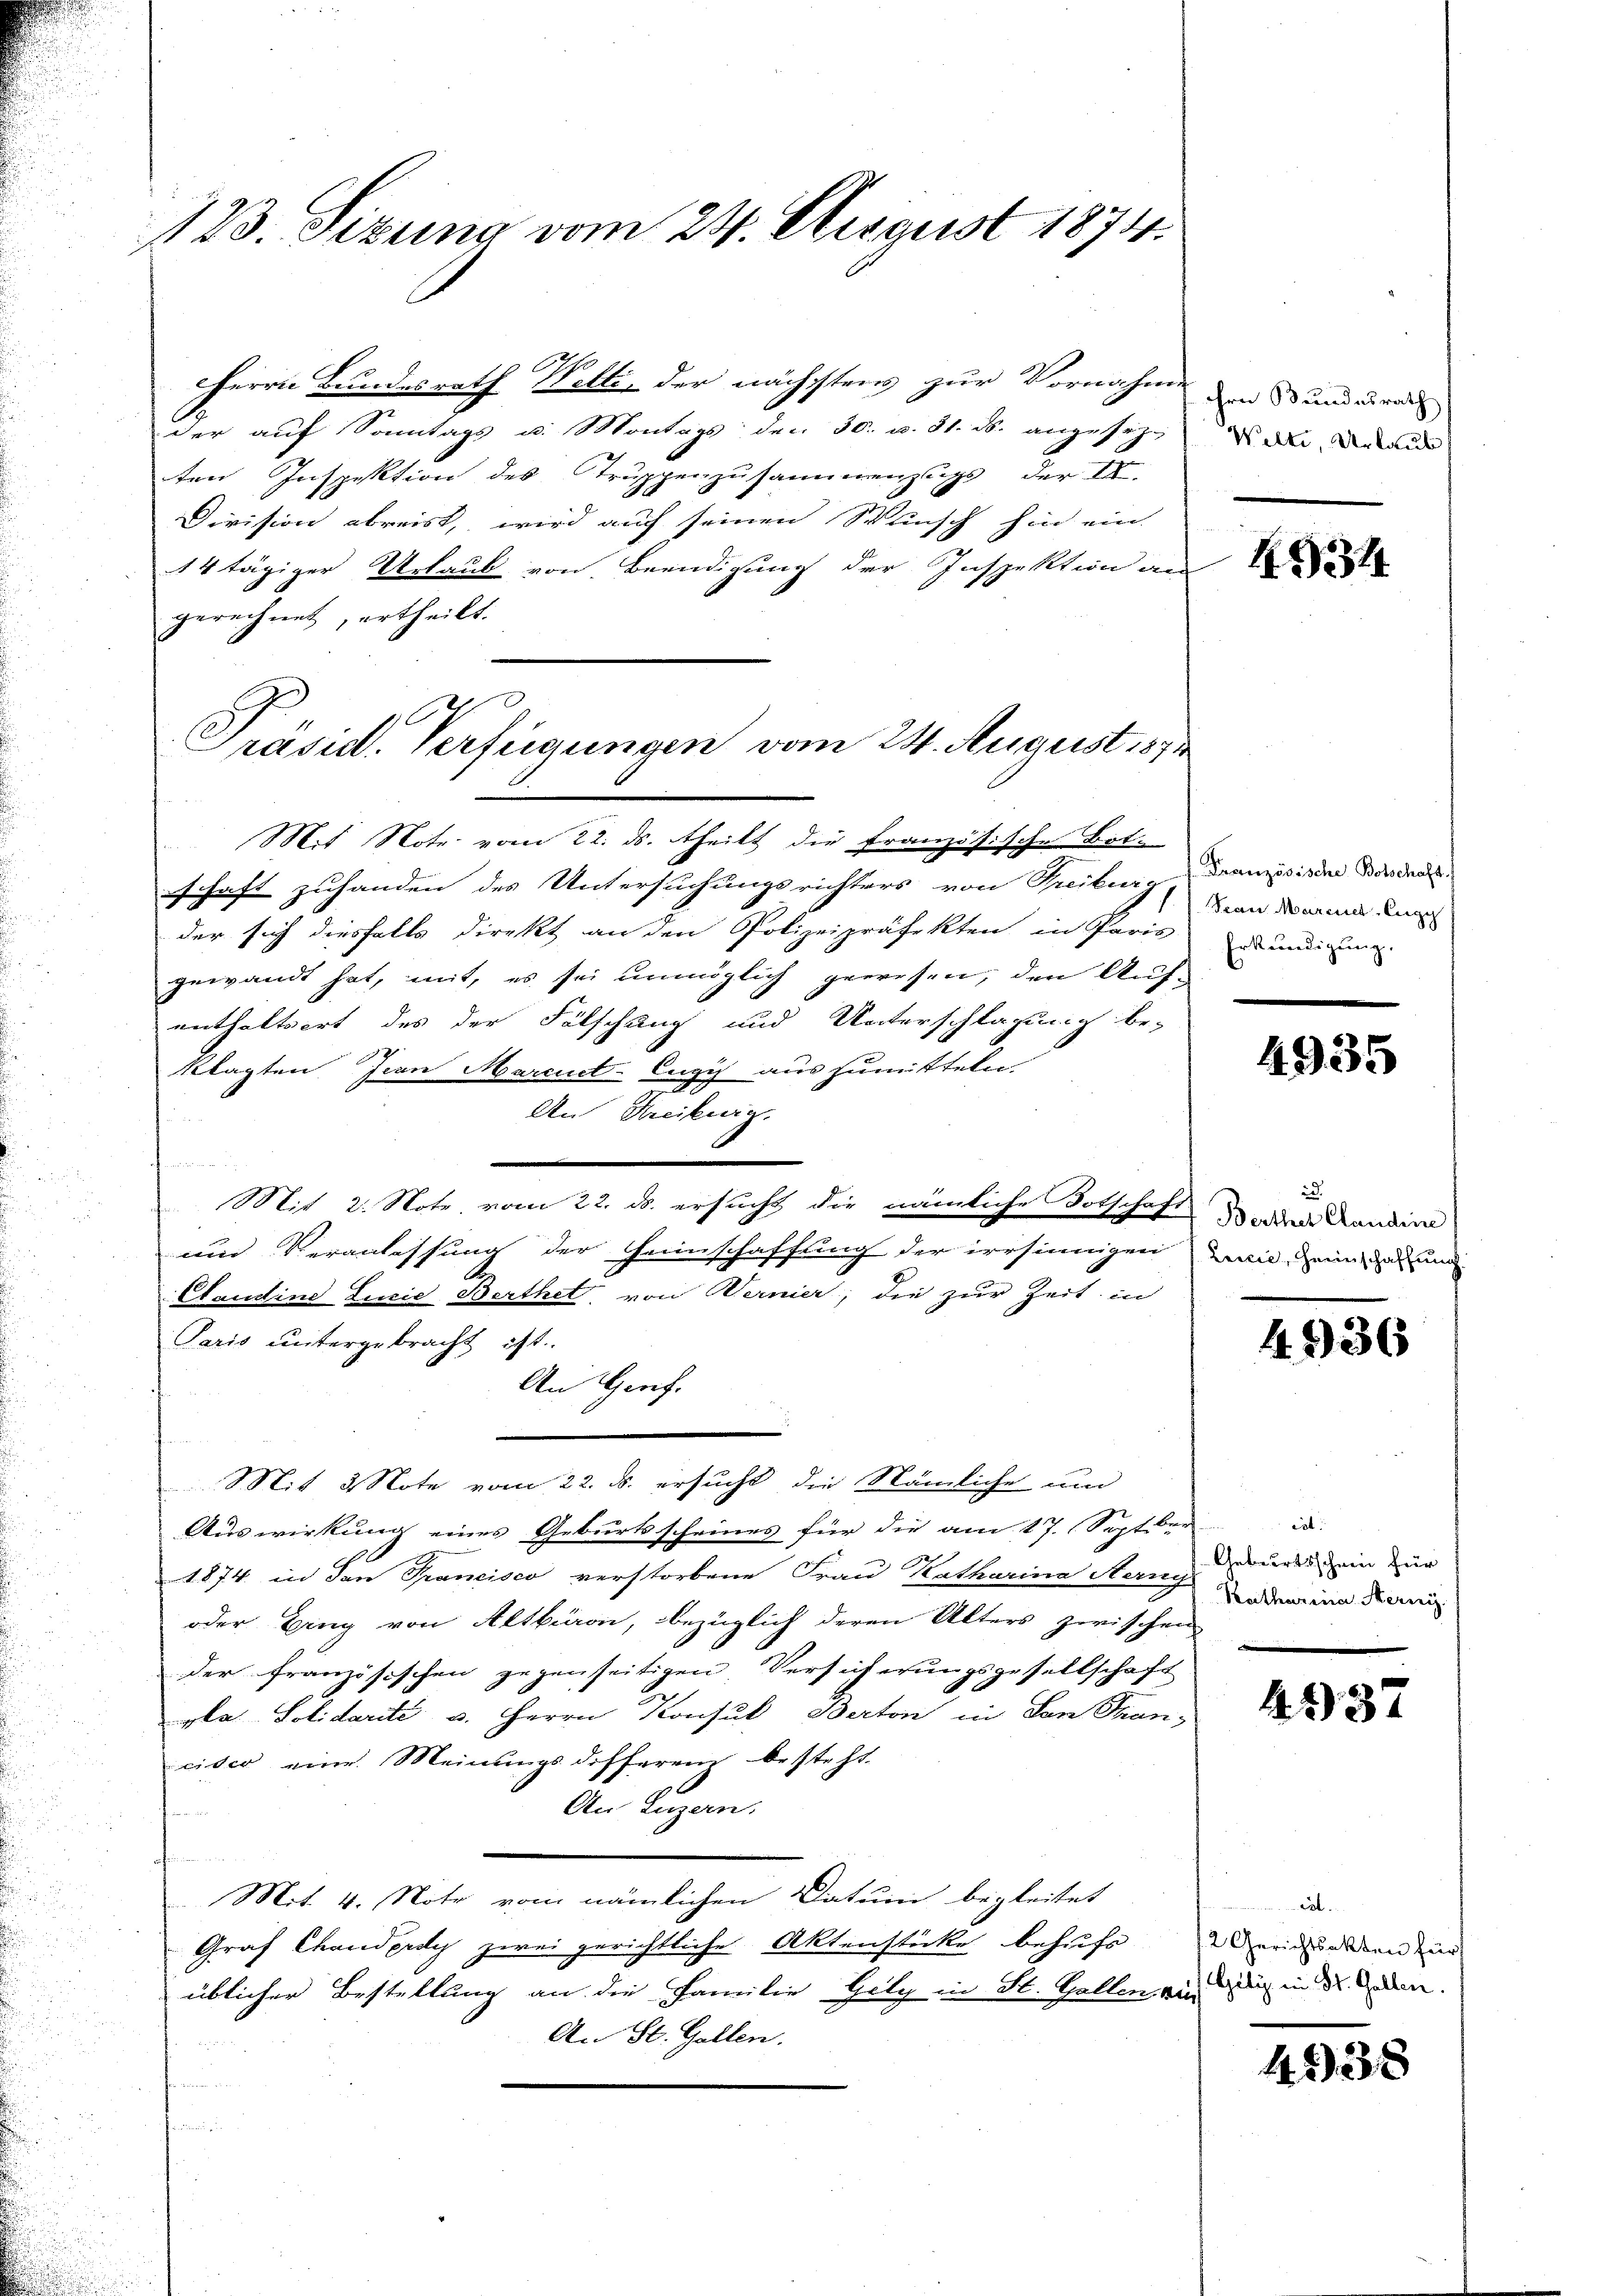
123. Sizung vom 24. August 1874.

Herrn Bundesrath Welti, der nächstens zur Vornahme den Stundesrat
der auf Sonntags u. Montags den 30. v. 31. ds. angesezten Inspektion des Truppenzusammenzugs der Ed.
Division abreist, wird auch seinen Wunsch hin ein
14tägiger Urlaub von Beendigung der Inspektion aus
gerechnet, ertheilt.
Mit Note vom 22. ds. theilt die französische Bot.
schaft zuhanden des Untersuchungsrichters von Treiburg, Trampsisine Dir das
der sich diesfalls direkt an den Polizeipräfekten in Paris
gewandt hat, mit, es sei unmöglich gewesen, den Auf-
enthaltsort des der Fälschung und Unterschlagung be-
7
klagten sian Marcut-Eugis auszumitteln
An Freiburg.
d
Mit 2. Note vom 22. ds. ersucht die nämliche Totschaft der Kandini
und Veranlassung der Heinschaffung der irrsinnigen man ein un
Etaudine Linie Berthet, von Wernier, die zur Zeit in
Paris untergebracht ist.
An Gerich.
Mit 2 Note vom 22. ds. ersucht, die Nämliche und
Auswirkung eines Geburtsscheines für die am 17. Sept. er
1874 in den Trancisco verstorbene Frau Katharina Herny der ein Zür
oder Eing von Altburon, bezüglich deren Alters zwischen
der französischen gegenseitigen Versicherungsgesellschaft
pla. Solidarité v. Herrn Konsul Berton in San Than-
cisco eine Meinungsdifferenz besteht.
An Luzern.
orenen
Mit 4. Note vom nämlichen Datum begleitet
Graf Chanderdy zwei gerichtliche Aktenstücke behufs Berichtunden un
üblicher Bestellung an die Familie Gely in St. Gallen an die in der Laden.
An St. Gallen.
n

Präsid. Verfügungen vom 24. August 1872

Welti, Urlaub

4334

San Marieligi
Erkendigung.

4935

id.

436

Lat
Katharina Kerni

4937

2

4330